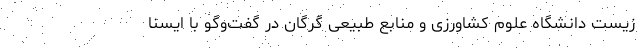
زیست دانشگاه علوم کشاورزی و منابع طبیعی گرگان در گفت‌وگو با ایسنا